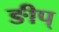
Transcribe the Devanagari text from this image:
ङीप्